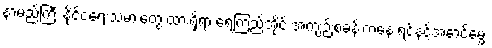
နာမည်ကြီး နိုင်ငံရေးသမားတွေ ထားရှိရာ ရေကြည်အိုင် အကျဉ်းစခန်းကနေ ရင်နင့်အောင်မွှေး